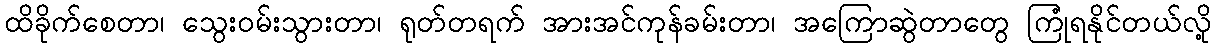
ထိခိုက်စေတာ၊ သွေးဝမ်းသွားတာ၊ ရုတ်တရက် အားအင်ကုန်ခမ်းတာ၊ အကြောဆွဲတာတွေ ကြုံရနိုင်တယ်လို့